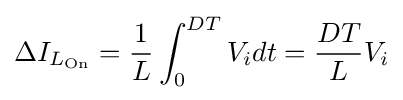
\Delta I_{L_{\text{On}}}={\frac {1}{L}}\int _{0}^{DT}V_{i}dt={\frac {DT}{L}}V_{i}